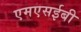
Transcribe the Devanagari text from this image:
एमएसईबी